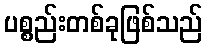
ပစ္စည်းတစ်ခုဖြစ်သည်